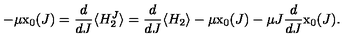
- \mu \mathrm { x } _ { 0 } ( J ) = \frac { d } { d J } \langle H _ { 2 } ^ { J } \rangle = \frac { d } { d J } \langle H _ { 2 } \rangle - \mu \mathrm { x } _ { 0 } ( J ) - \mu J \frac { d } { d J } \mathrm { x } _ { 0 } ( J ) .